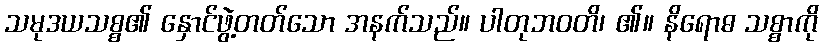
သမုဒယသစ္စ၏ နှောင်ဖွဲ့တတ်သော အနက်သည်။ ပါတုဘဝတိ၊ ၏။ နိရောဓ သစ္စာကို